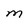
Character: M